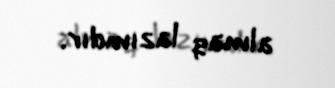
almaq lazımdır.